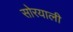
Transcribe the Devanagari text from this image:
सोरयाली